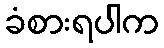
ခံစားရပါက